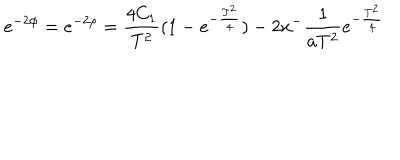
e ^ { - 2 \phi } = e ^ { - 2 \rho } = \frac { 4 C _ { 1 } } { T ^ { 2 } } ( 1 - e ^ { - \frac { T ^ { 2 } } { 4 } } ) - 2 x ^ { - } \frac { 1 } { a T ^ { 2 } } e ^ { - \frac { T ^ { 2 } } { 4 } }